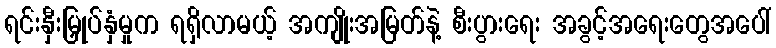
ရင်းနှီးမြှုပ်နှံမှုက ရရှိလာမယ့် အကျိုးအမြတ်နဲ့ စီးပွားရေး အခွင့်အရေးတွေအပေါ်